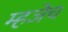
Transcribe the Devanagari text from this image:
म्हजेच